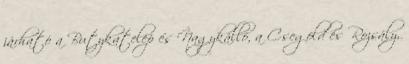
járható a Butykatelep és Nagykálló, a Csegöld és Rozsály,